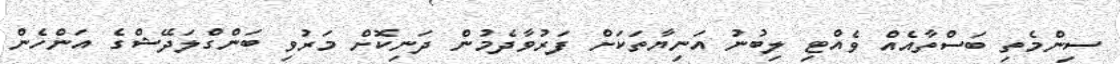
ސިންމެތި ބަސްތާއެއް ވެއްޓި ލިބުނު އަނިޔާތަކަށް ފަރުވާދެމުން ދަނިކޮށް މަރުވި ބަންގްލަދޭޝްގެ އަންހެން